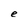
Character: e